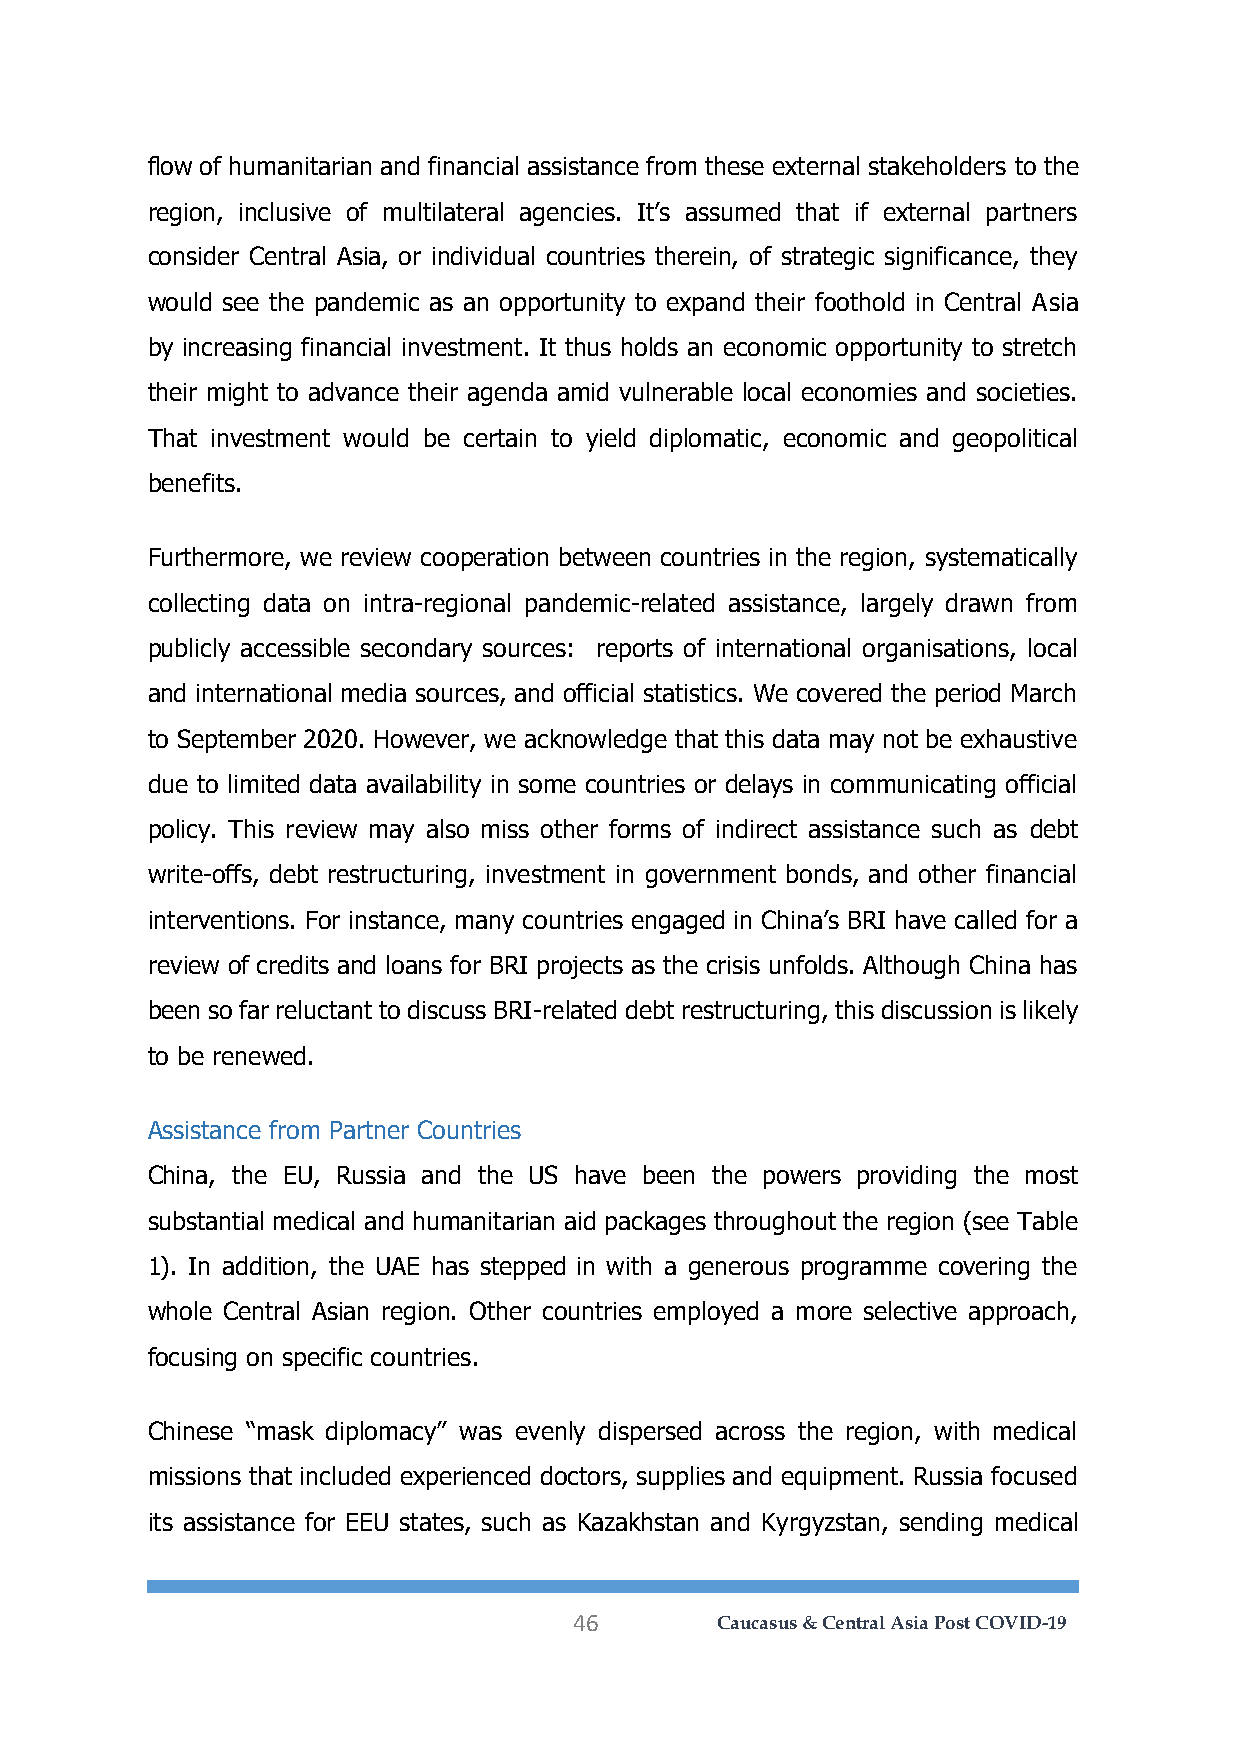
flow of humanitarian and financial assistance from these external stakeholders to the
 region, inclusive of multilateral agencies. It’s assumed that if external partners
 consider Central Asia, or individual countries therein, of strategic significance, they
 would see the pandemic as an opportunity to expand their foothold in Central Asia
 by increasing financial investment. It thus holds an economic opportunity to stretch
 their might to advance their agenda amid vulnerable local economies and societies.
 That investment would be certain to yield diplomatic, economic and geopolitical
 benefits.
 Furthermore, we review cooperation between countries in the region, systematically
 collecting data on intra-regional pandemic-related assistance, largely drawn from
 publicly accessible secondary sources: reports of international organisations, local
 and international media sources, and official statistics. We covered the period March
 to September 2020. However, we acknowledge that this data may not be exhaustive
 due to limited data availability in some countries or delays in communicating official
 policy. This review may also miss other forms of indirect assistance such as debt
 write-offs, debt restructuring, investment in government bonds, and other financial
 interventions. For instance, many countries engaged in China’s BRI have called for a
 review of credits and loans for BRI projects as the crisis unfolds. Although China has
 been so far reluctant to discuss BRI-related debt restructuring, this discussion is likely
 to be renewed.
 Assistance from Partner Countries
 China, the EU, Russia and the US have been the powers providing the most
 substantial medical and humanitarian aid packages throughout the region (see Table
 1). In addition, the UAE has stepped in with a generous programme covering the
 whole Central Asian region. Other countries employed a more selective approach,
 focusing on specific countries.
 Chinese “mask diplomacy” was evenly dispersed across the region, with medical
 missions that included experienced doctors, supplies and equipment. Russia focused
 its assistance for EEU states, such as Kazakhstan and Kyrgyzstan, sending medical
 46       Caucasus & Central Asia Post COVID-19